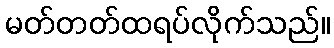
မတ်တတ်ထရပ်လိုက်သည်။